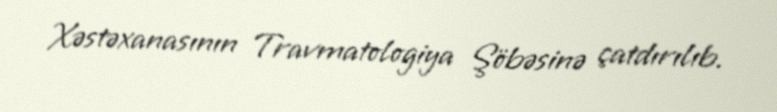
Xəstəxanasının Travmatologiya Şöbəsinə çatdırılıb.